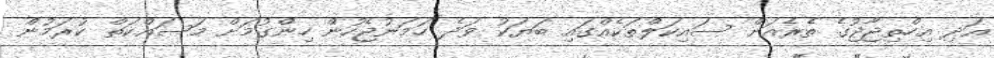
އަދި އިހްތިޖާޖުގެ ތެރެއަށް ސައިކަލްތަކެއްގައި ބަޔަކު ވަދެ ހަމަނުޖެހުން ހިންގުމަށް މަސައްކަތް ކުރަމުން